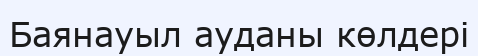
Баянауыл ауданы көлдері